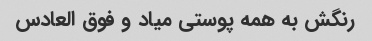
رنگش به همه پوستی میاد و فوق العادس